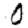
Digit: 0